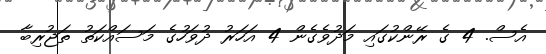
އެސް. 4 ގެ ރޭންކުގައި މަދުވެގެން 4 އަހަރު ދުވަހުގެ މަސައްކަތު ތަޖުރިބާ